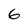
Character: 6